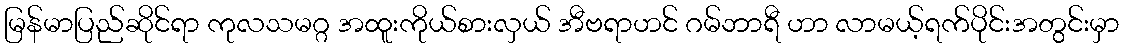
မြန်မာပြည်ဆိုင်ရာ ကုလသမဂ္ဂ အထူးကိုယ်စားလှယ် အီဗရာဟင် ဂမ်ဘာရီ ဟာ လာမယ့်ရက်ပိုင်းအတွင်းမှာ